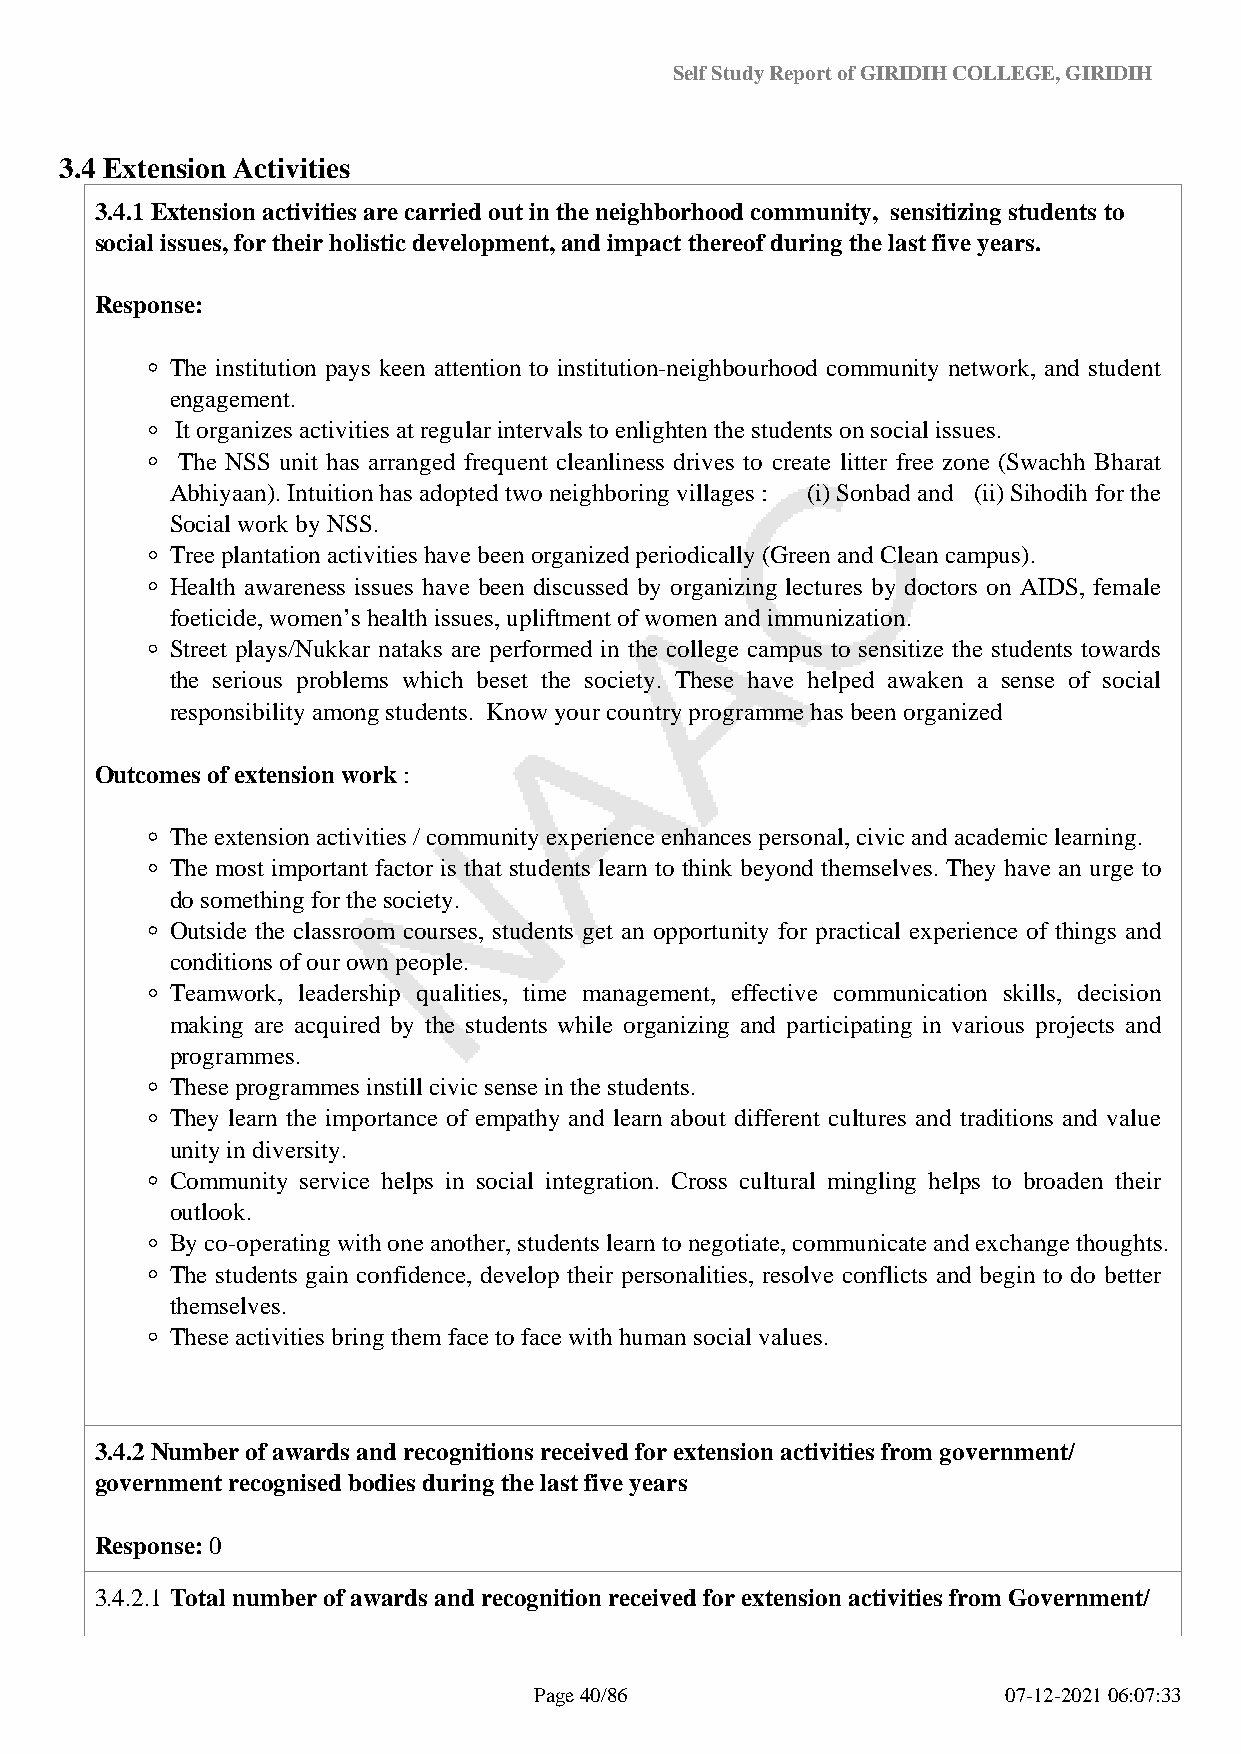
Self Study Report of GIRIDIH COLLEGE, GIRIDIH
 3.4 Extension Activities
 3.4.1 Extension activities are carried out in the neighborhood community, sensitizing students to
 social issues, for their holistic development, and impact thereof during the last five years.
 Response:
 The institution pays keen attention to institution-neighbourhood community network, and student
 engagement.
 It organizes activities at regular intervals to enlighten the students on social issues.
 The NSS unit has arranged frequent cleanliness drives to create litter free zone (Swachh Bharat
 Abhiyaan). Intuition has adopted two neighboring villages : (i) Sonbad and (ii) Sihodih for the
 Social work by NSS.
 Tree plantation activities have been organized periodically (Green and Clean campus).
 Health awareness issues have been discussed by organizing lectures by doctors on AIDS, female
 foeticide, women’s health issues, upliftment of women and immunization.
 Street plays/Nukkar nataks are performed in the college campus to sensitize the students towards
 the serious problems which beset the society. These have helped awaken a sense of social
 responsibility among students. Know your country programme has been organized
 Outcomes of extension work :
 The extension activities / community experience enhances personal, civic and academic learning.
 The most important factor is that students learn to think beyond themselves. They have an urge to
 do something for the society.
 Outside the classroom courses, students get an opportunity for practical experience of things and
 conditions of our own people.
 Teamwork, leadership qualities, time management, effective communication skills, decision
 making are acquired by the students while organizing and participating in various projects and
 programmes.
 These programmes instill civic sense in the students.
 They learn the importance of empathy and learn about different cultures and traditions and value
 unity in diversity.
 Community service helps in social integration. Cross cultural mingling helps to broaden their
 outlook.
 By co-operating with one another, students learn to negotiate, communicate and exchange thoughts.
 The students gain confidence, develop their personalities, resolve conflicts and begin to do better
 themselves.
 These activities bring them face to face with human social values.
 3.4.2 Number of awards and recognitions received for extension activities from government/
 government recognised bodies during the last five years
 Response: 0
 3.4.2.1 Total number of awards and recognition received for extension activities from Government/
 Page 40/86                      07-12-2021 06:07:33